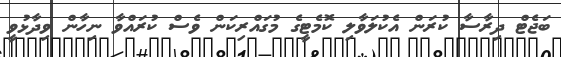
ބަޖެޓް ދިރާސާ ކުރަން އެކުލަވާލި ކޮމެޓީގެ މުގައްރިކަން ވެސް ކުރައްވާ ނިހާން ވިދާޅުވީ